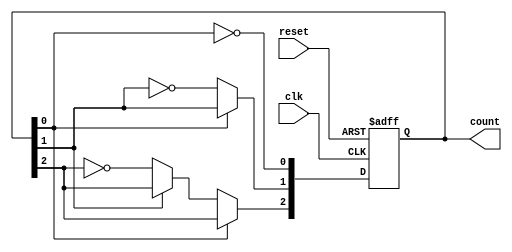
module async_counter (
    input wire clk,        // Clock input
    input wire reset,      // Asynchronous reset input
    output reg [2:0] count // 3-bit output count
);

    // Always block triggered on the clock edge or reset signal
    always @(posedge clk or posedge reset) begin
        if (reset) begin
            count <= 3'b000; // Reset count to 0
        end else begin
            // Ripple effect: Toggle the LSB and propagate through the flip-flops
            count[0] <= ~count[0]; // Toggle LSB
            if (count[0] == 1'b0) begin // Check if LSB transitioned from 1 to 0
                count[1] <= ~count[1]; // Toggle 2nd bit
                if (count[1] == 1'b0) begin // Check if 2nd bit transitioned from 1 to 0
                    count[2] <= ~count[2]; // Toggle 3rd bit
                end
            end
        end
    end

endmodule